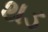
થડ